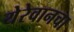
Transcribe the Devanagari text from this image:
येरेवानचा